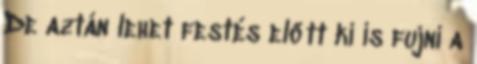
De aztán lehet festés előtt ki is fujni a